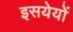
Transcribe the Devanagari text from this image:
इसयेयों